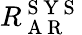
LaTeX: R_{\mathrm{~A~R~}}^{\mathrm{~S~Y~S~}}